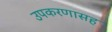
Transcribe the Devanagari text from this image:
उपकरणासह